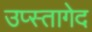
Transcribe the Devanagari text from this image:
उप्स्तागेद